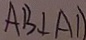
A B \bot A D